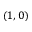
( 1 , 0 )